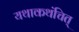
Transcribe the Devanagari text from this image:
यथाकथंचित्‌